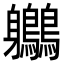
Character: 𪈬